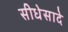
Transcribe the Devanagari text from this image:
सीधेसादे